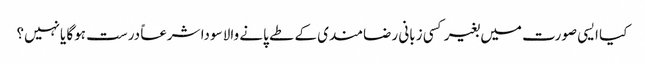
کیا ایسی صورت میں بغیر کسی زبانی رضامندی کے طے پانے والا سودا شرعاً درست ہوگا یانہیں؟